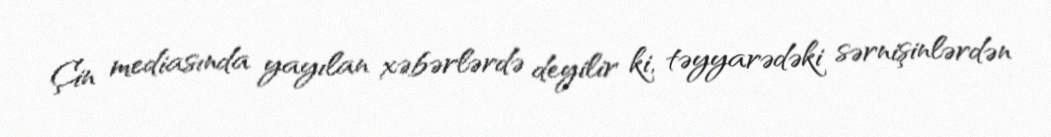
Çin mediasında yayılan xəbərlərdə deyilir ki, təyyarədəki sərnişinlərdən